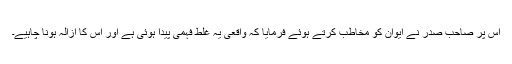
اس پر صاحبِ صدر نے ایوان کو مخاطب کرتے ہوئے فرمایا کہ واقعی یہ غلط فہمی پیدا ہوئی ہے اور اس کا اِزالہ ہونا چاہیے۔